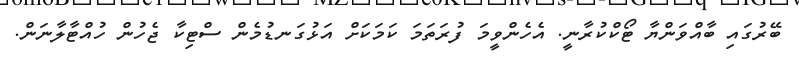
ބޭރުގައި ބާއްވަންޔާ ޓޯކްކުރާނީ. އެހެންވީމަ ފުރަތަމަ ކަމަަކަށް އަޅުގަނޑުމެން ސްޓިކާ ޖެހުން ހުއްޓާލާނަން.